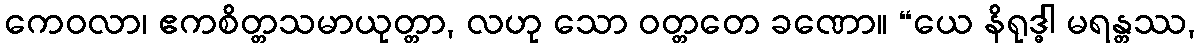
ကေဝလာ၊ ဧကစိတ္တသမာယုတ္တာ, လဟု သော ဝတ္တတေ ခဏော။ “ယေ နိရုဒ္ဓါ မရန္တဿ,